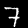
Digit: 7